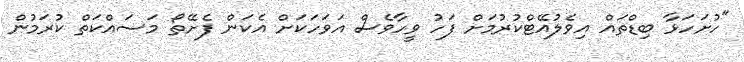
"ހުށަހަޅާ ބިޑްތައް އިވެލުއޭޓްކުރުމަށް ފަހު ވީހާވެސް އަވަހަކަށް އެކަން ފެށޭތޯ މަސައްކަތް ކުރަމުން